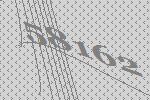
58162